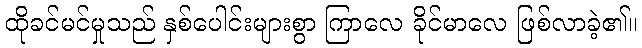
ထိုခင်မင်မှုသည် နှစ်ပေါင်းများစွာ ကြာလေ ခိုင်မာလေ ဖြစ်လာခဲ့၏။